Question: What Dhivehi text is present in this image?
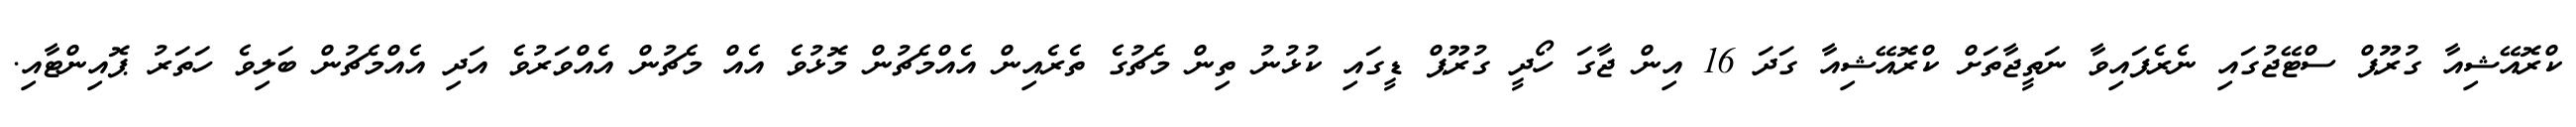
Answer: ކްރޮއޭޝިއާ ގުރޫޕް ސްޓޭޖުގައި ނެރެފައިވާ ނަތީޖާތަށް ކްރޮއޭޝިއާ ގަދަ 16 އިން ޖާގަ ހޯދީ ގުރޫޕް ޑީގައި ކުޅުނު ތިން މެޗުގެ ތެރެއިން އެއްމެޗުން މޮޅުވެ އެއް މެޗުން އެއްވަރުވެ އަދި އެއްމެޗުން ބަލިވެ ހަތަރު ޕޮއިންޓާއި.